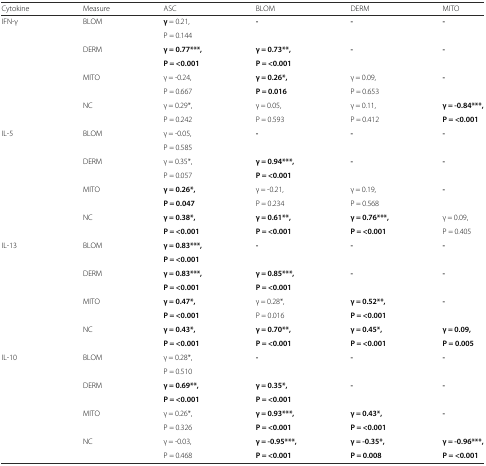
<table><thead><tr><td><b>Cytokine</b></td><td><b>Measure</b></td><td><b>ASC</b></td><td><b>BLOM</b></td><td><b>DERM</b></td><td><b>MITO</b></td></tr></thead><tbody><tr><td rowspan="2">IFN-γ</td><td rowspan="2">BLOM</td><td><b>γ</b> = 0.21,</td><td rowspan="2"><b>-</b></td><td rowspan="2"><b>-</b></td><td rowspan="2"><b>-</b></td></tr><tr><td>P = 0.144</td></tr><tr><td rowspan="2"></td><td rowspan="2">DERM</td><td><b>γ = 0.77***,</b></td><td><b>γ = 0.73**,</b></td><td rowspan="2"><b>-</b></td><td rowspan="2"><b>-</b></td></tr><tr><td><b>P = &lt;0.001</b></td><td><b>P = &lt;0.001</b></td></tr><tr><td rowspan="2"></td><td rowspan="2">MITO</td><td>γ = -0.24,</td><td><b>γ = 0.26*,</b></td><td>γ = 0.09,</td><td rowspan="2"><b>-</b></td></tr><tr><td>P = 0.667</td><td><b>P = 0.016</b></td><td>P = 0.653</td></tr><tr><td rowspan="2"></td><td rowspan="2">NC</td><td>γ = 0.29*,</td><td>γ = 0.05,</td><td>γ = 0.11,</td><td><b>γ = -0.84***,</b></td></tr><tr><td>P = 0.242</td><td>P = 0.593</td><td>P = 0.412</td><td><b>P = &lt;0.001</b></td></tr><tr><td rowspan="2">IL-5</td><td rowspan="2">BLOM</td><td>γ = -0.05,</td><td rowspan="2"><b>-</b></td><td rowspan="2"><b>-</b></td><td rowspan="2"><b>-</b></td></tr><tr><td>P = 0.585</td></tr><tr><td rowspan="2"></td><td rowspan="2">DERM</td><td>γ = 0.35*,</td><td><b>γ = 0.94***,</b></td><td rowspan="2"><b>-</b></td><td rowspan="2"><b>-</b></td></tr><tr><td>P = 0.057</td><td><b>P = &lt;0.001</b></td></tr><tr><td rowspan="2"></td><td rowspan="2">MITO</td><td><b>γ = 0.26*,</b></td><td>γ = -0.21,</td><td>γ = 0.19,</td><td rowspan="2"><b>-</b></td></tr><tr><td><b>P = 0.047</b></td><td>P = 0.234</td><td>P = 0.568</td></tr><tr><td rowspan="2"></td><td rowspan="2">NC</td><td><b>γ = 0.38*,</b></td><td><b>γ = 0.61**,</b></td><td><b>γ = 0.76***,</b></td><td>γ = 0.09,</td></tr><tr><td><b>P = &lt;0.001</b></td><td><b>P = &lt;0.001</b></td><td><b>P = &lt;0.001</b></td><td>P = 0.405</td></tr><tr><td rowspan="2">IL-13</td><td rowspan="2">BLOM</td><td><b>γ = 0.83***,</b></td><td rowspan="2"><b>-</b></td><td rowspan="2"><b>-</b></td><td rowspan="2"><b>-</b></td></tr><tr><td><b>P = &lt;0.001</b></td></tr><tr><td rowspan="2"></td><td rowspan="2">DERM</td><td><b>γ = 0.83***,</b></td><td><b>γ = 0.85***,</b></td><td rowspan="2"><b>-</b></td><td rowspan="2"><b>-</b></td></tr><tr><td><b>P = &lt;0.001</b></td><td><b>P = &lt;0.001</b></td></tr><tr><td rowspan="2"></td><td rowspan="2">MITO</td><td><b>γ = 0.47*,</b></td><td>γ = 0.28*,</td><td><b>γ = 0.52**,</b></td><td rowspan="2"><b>-</b></td></tr><tr><td><b>P = &lt;0.001</b></td><td>P = 0.016</td><td><b>P = &lt;0.001</b></td></tr><tr><td rowspan="2"></td><td rowspan="2">NC</td><td><b>γ = 0.43*,</b></td><td><b>γ = 0.70**,</b></td><td><b>γ = 0.45*,</b></td><td><b>γ = 0.09,</b></td></tr><tr><td><b>P = &lt;0.001</b></td><td><b>P = &lt;0.001</b></td><td><b>P = &lt;0.001</b></td><td><b>P = 0.005</b></td></tr><tr><td rowspan="2">IL-10</td><td rowspan="2">BLOM</td><td>γ = 0.28*,</td><td rowspan="2"><b>-</b></td><td rowspan="2"><b>-</b></td><td rowspan="2"><b>-</b></td></tr><tr><td>P = 0.510</td></tr><tr><td rowspan="2"></td><td rowspan="2">DERM</td><td><b>γ = 0.69**,</b></td><td><b>γ = 0.35*,</b></td><td rowspan="2"><b>-</b></td><td rowspan="2"><b>-</b></td></tr><tr><td><b>P = &lt;0.001</b></td><td><b>P = &lt;0.001</b></td></tr><tr><td rowspan="2"></td><td rowspan="2">MITO</td><td>γ = 0.26*,</td><td><b>γ = 0.93***,</b></td><td><b>γ = 0.43*,</b></td><td rowspan="2"><b>-</b></td></tr><tr><td>P = 0.326</td><td><b>P = &lt;0.001</b></td><td><b>P = &lt;0.001</b></td></tr><tr><td rowspan="2"></td><td rowspan="2">NC</td><td>γ = -0.03,</td><td><b>γ = -0.95***,</b></td><td><b>γ = -0.35*,</b></td><td><b>γ = -0.96***,</b></td></tr><tr><td>P = 0.468</td><td><b>P = &lt;0.001</b></td><td><b>P = 0.008</b></td><td><b>P = &lt;0.001</b></td></tr></tbody></table>